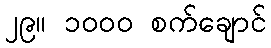
၂၉။ ၁၀၀၀ စက်ချောင်